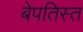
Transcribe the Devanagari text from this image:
बेपतिस्त